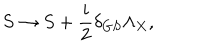
S \rightarrow S + { \frac { i } { 2 } } \delta _ { G S } \Lambda _ { X } ,